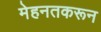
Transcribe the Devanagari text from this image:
मेहनतकरून